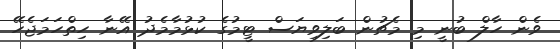
ވެން ހާލް ބުނީ މި މެޗުން ބަލިވިޔަސް ޓީމުގެ ކުޅުމާމެދު އޭނާ ހިތްހަމަޖެހޭ